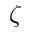
\zeta